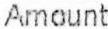
AMOUNT